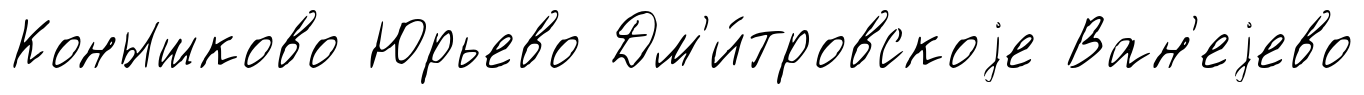
Конышково Юрьево Дм'и́тровскоjе Ван'еjево